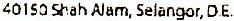
40150 SHAH ALAM, SELANGOR, D.E.